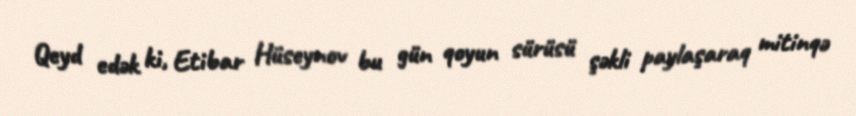
Qeyd edək ki, Etibar Hüseynov bu gün qoyun sürüsü şəkli paylaşaraq mitinqə